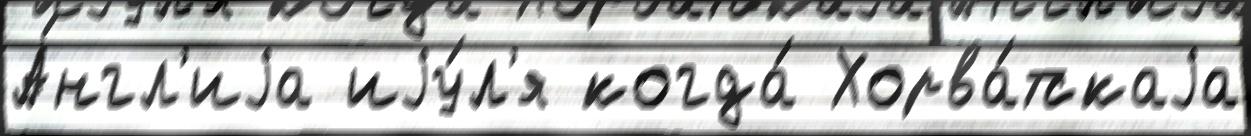
А́нгл'иjа иjу́л'я когда́ Хорва́тскаjа